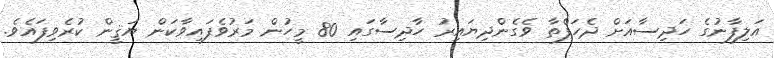
އަލިފާނުގެ ހަދިސާއަށް ދެހަފްތާ ވެގެންދިޔައިރު ހާދިސާގައި 80 މީހުން މަރުވެފައިވާކަން ޔަޤީން ކުރެވިފައެވެ.